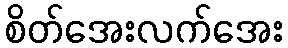
စိတ်အေးလက်အေး